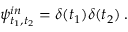
\psi _ { t _ { 1 } , t _ { 2 } } ^ { i n } = \delta ( t _ { 1 } ) \delta ( t _ { 2 } ) \: .